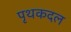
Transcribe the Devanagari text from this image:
पृथकदल